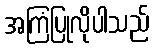
အကြံပြုလိုပါသည်